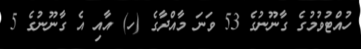
ހުއްޓުވުމުގެ ގާނޫނުގެ 53 ވަނަ މާއްދާގެ (ހ) އާއި އެ ގާނޫނުގެ 5